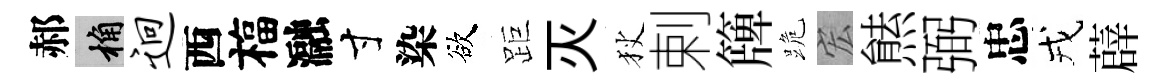
郝桷迥西福瀜寸染欲距灭狄剌簰跪宏㷱弼忠戎薜